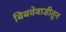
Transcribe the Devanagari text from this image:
बिबवेवाडीतून